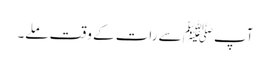
آپﷺ سے رات کے وقت ملے۔